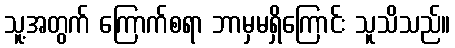
သူ့အတွက် ကြောက်စရာ ဘာမှမရှိကြောင်း သူသိသည်။